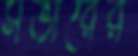
সভারের